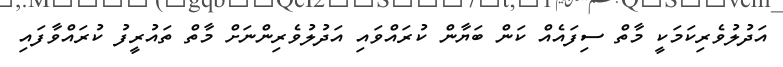
އަދުލުވެރިކަމަކީ މާތް ސިފައެއް ކަން ބަޔާން ކުރައްވައި އަދުލުވެރިންނަށް މާތް ތައުރީފު ކުރައްވާފައި